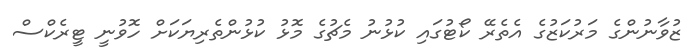
ޒުވާނުންގެ މަރުކަޒުގެ އެތެރޭ ކޯޓުގައި ކުޅުނު މެޗުގެ މޮޅު ކުޅުންތެރިޔަކަށް ހޮވުނީ ޓީރެކްސް